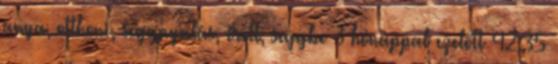
anya, otthoni, seggnyalás, érett, seggbe 3 hónappal ezelőtt 42:35